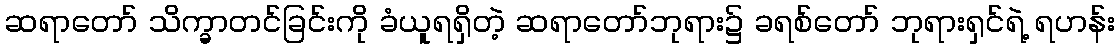
ဆရာတော် သိက္ခာတင်ခြင်းကို ခံယူရရှိတဲ့ ဆရာတော်ဘုရား၌ ခရစ်တော် ဘုရားရှင်ရဲ့ ရဟန်း